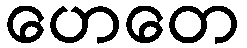
ဟေတေ